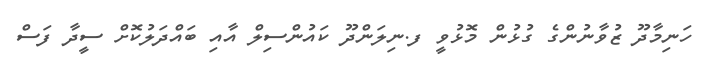
ހަނިމާދޫ ޒުވާނުންގެ ގުޅުން މޮޅުވީ ފ.ނިލަންދޫ ކައުންސިލް އާއި ބައްދަލުކޮށް ސީދާ ފަސް